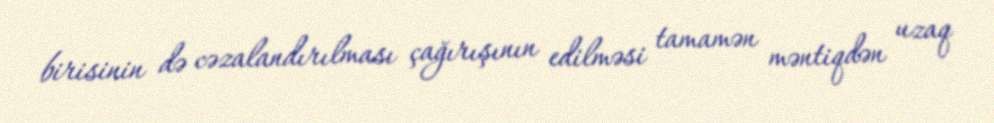
birisinin də cəzalandırılması çağırışının edilməsi tamamən məntiqdən uzaq